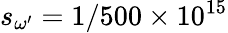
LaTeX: s_{\omega^{\prime}}=1/500\times 10^{15}